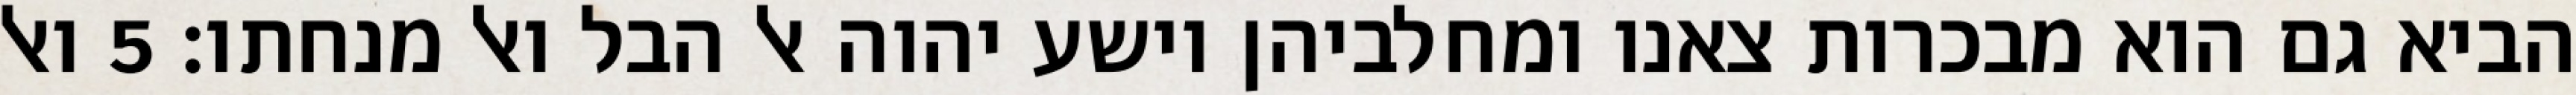
הביא גם הוא מבכרות צאנו ומחלביהן וישע יהוה אל הבל ואל מנחתו׃ ‎5‏ ואל